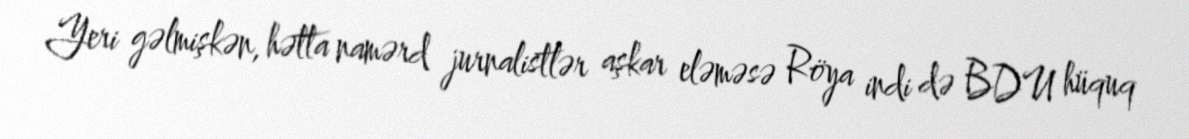
Yeri gəlmişkən, hətta namərd jurnalistlər aşkar eləməsə Röya indi də BDU hüquq